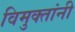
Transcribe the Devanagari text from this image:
विमुक्तांनी